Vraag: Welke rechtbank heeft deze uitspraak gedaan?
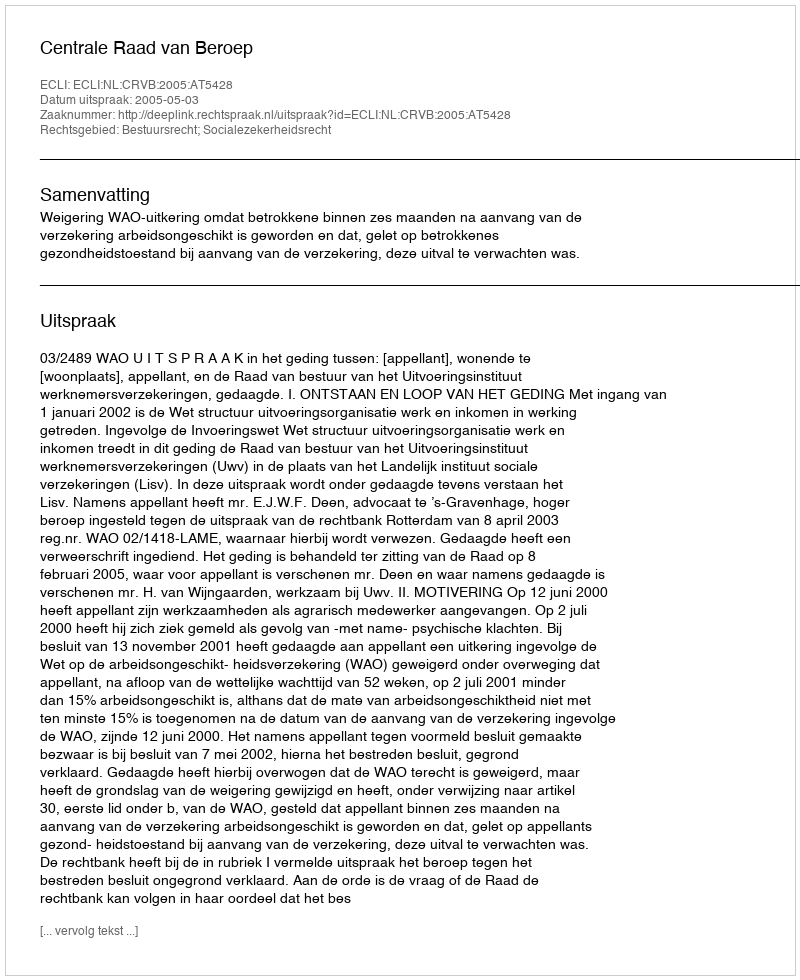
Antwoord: Centrale Raad van Beroep